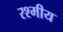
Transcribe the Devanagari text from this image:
रश्मीय